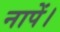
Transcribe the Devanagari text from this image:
नापें।